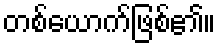
တစ်ယောက်ဖြစ်၏။